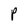
Character: P